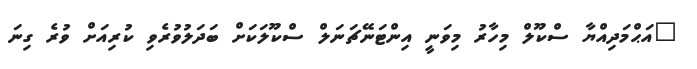
"އަޙްމަދިއްޔާ ސްކޫލް މިހާރު މިވަނީ އިންޓަނޭޗަނަލް ސްކޫލަކަށް ބަދަލުވުރެވި ކުރިއަށް ވުރެ ގިނަ